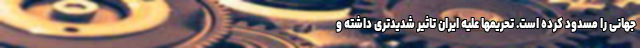
جهانی را مسدود کرده است. تحریمها علیه ایران تاثیر شدیدتری داشته و